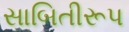
સાબિતીરૂપ